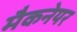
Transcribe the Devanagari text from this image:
मैकनेयर